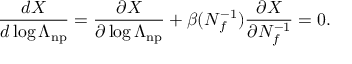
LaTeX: \frac { d X } { d \log \Lambda _ { \mathrm { n p } } } = \frac { \partial X } { \partial \log \Lambda _ { \mathrm { n p } } } + \beta ( N _ { f } ^ { - 1 } ) \frac { \partial X } { \partial N _ { f } ^ { - 1 } } = 0 .